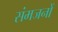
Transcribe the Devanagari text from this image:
संमजनों